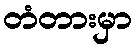
တံတားမှာ